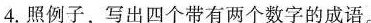
4.照例子，写出四个带有两个数字的成语。